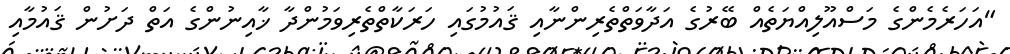
"އަހަރެމެންގެ މަސްއޫލިއްޔަތެއް ބޭރުގެ އަދާވަތްތެރިންނާއި ޤައުމުގައި ހަރަކާތްތެރިވަމުންދާ ޚާއިނުންގެ އަތް ދަށުން ޤައުމާއި